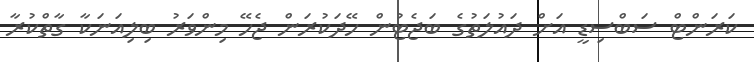
ކަރަންޓް ސަބްސިޑީ އަށް ދައުލަތުގެ ބަޖެޓުން ހޭދަކުރަން ޖެހޭ މިންވަރު ބިލިއަނަކާ ގާތްކުރާ